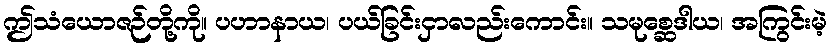
ဤသံယောဇဉ်တို့ကို။ ပဟာနာယ၊ ပယ်ခြင်းငှာလည်းကောင်း။ သမုစ္ဆေဒါယ၊ အကြွင်းမဲ့